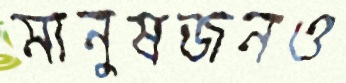
মানুষজনও